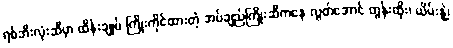
ရစ်ဘီးလုံးဆီမှာ ထိန်းချုပ် ကြိုးကိုင်ထားတဲ့ အပ်ချည်ကြိုးဆီကနေ လွတ်အောင် တွန်းထိုး၊ ယိမ်းနွဲ့၊